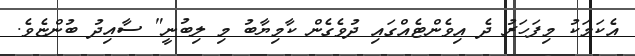
އެކަމަކު މިފަހަރު ދެ އިވެންޓެއްގައި ދުވެެގެން ކާމިޔާބު މި ލިބުނީ" ސާއިދު ބުންޏެވެ.